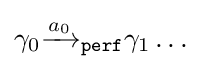
\gamma _{0}{\xrightarrow {a_{0}}}_{\mathtt {perf}}\gamma _{1}\dots